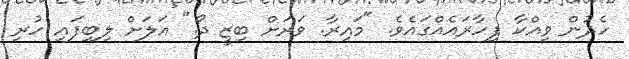
ހެދުން ވިއްކާ ފިހާރައެއްގައެވެ. "މައިރާ. ވަރަށް ބިޒީ ދޯ." އަލަށް ލިބިފައި ހުރި